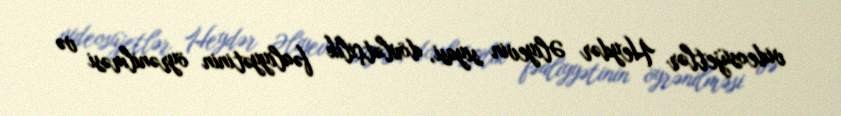
videosüjetlər Heydər Əliyevin siyasi, dövlətçilik fəaliyyətinin öyrənilməsi və